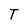
Character: T